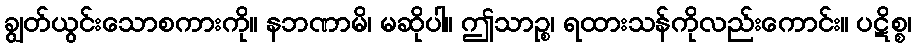
ချွတ်ယွင်းသောစကားကို။ နဘဏာမိ၊ မဆိုပါ။ ဤသာဉ္စ၊ ရထားသန်ကိုလည်းကောင်း။ ပဋိစ္စ၊